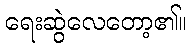
ရေးဆွဲလေတော့၏။